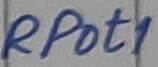
Text: RPot1